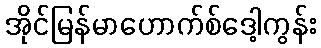
အိုင်မြန်မာဟောက်စ်ဒေါ့ကွန်း